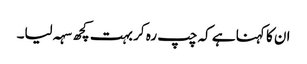
ان کا کہنا ہے کہ چپ رہ کر بہت کچھ سہہ لیا۔